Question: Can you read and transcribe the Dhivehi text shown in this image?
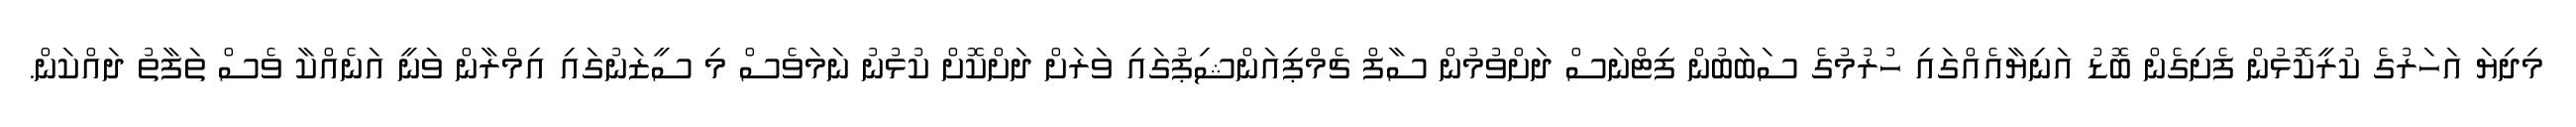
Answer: މިދިޔަ އަހަރުގެ ކުރީކޮޅުން ފެށިގެން ބޮޑު އަނިޔާއެއްގައި ހުރުމުގެ ސަބަބުން ފިޓްނަސް ދަށްވުމުން ސާފް ޗެމްޕިއަންޝިޕުގައި ވަރަށް ދަށްކޮށް ކުޅުނު ނަމަވެސް މި ސީޒަނުގައި އިމްރާން ވަނީ އަނެއްކާ ވެސް ތަފާތު ދައްކަން.